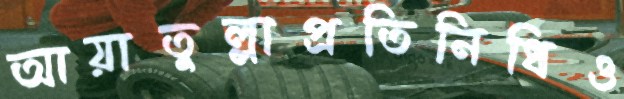
আয়াতুল্লাপ্রতিনিধিও